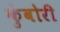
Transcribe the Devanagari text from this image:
कुंवोरी